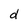
Character: d